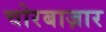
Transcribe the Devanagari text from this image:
चोरबाज़ार